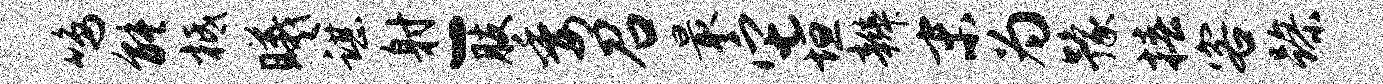
鸣能柢曦谌射-肢委召最它垣辫末为豫椿客躁